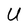
Character: U